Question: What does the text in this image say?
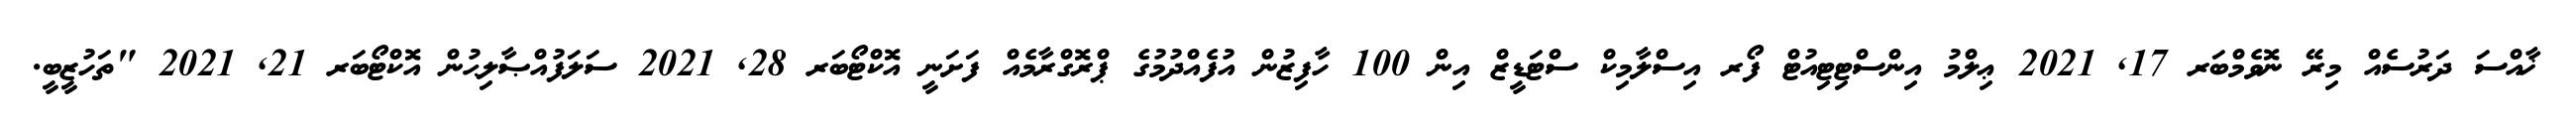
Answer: ޚާއްސަ ދަރުސެއް މިރޭ ނޮވެމްބަރ 17, 2021 ޢިލްމު އިންސްޓިޓިއުޓް ފޯރ އިސްލާމިކް ސްޓަޑީޒް އިން 100 ހާފިޒުން އުފެއްދުމުގެ ޕްރޮގްރާމެއް ފަށަނީ އޮކްޓޯބަރ 28, 2021 ސަލަފުއްޞާލިޙުން އޮކްޓޯބަރ 21, 2021 "ތަހުޒީބީ.